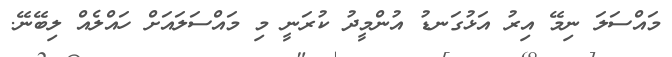
މައްސަލަ ނިމޭ އިރު އަޅުގަނޑު އުންމީދު ކުރަނީ މި މައްސަލައަށް ހައްލެއް ލިބޭނޭ.